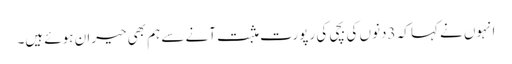
انہوں نے کہا کہ 3دنوں کی بچی کی رپورت مثبت آنے سے ہم بھی حیران ہوئے ہیں۔